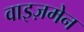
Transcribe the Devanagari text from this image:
वाइज़मेन